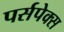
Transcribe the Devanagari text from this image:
पर्सपेक्स